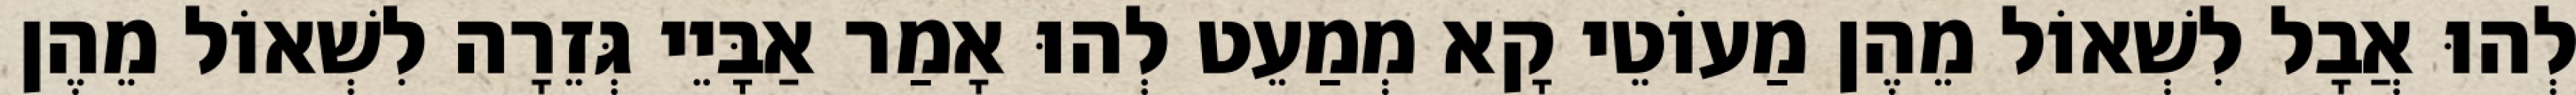
לְהוּ אֲבָל לִשְׁאוֹל מֵהֶן מַעוֹטֵי קָא מְמַעֵט לְהוּ אָמַר אַבָּיֵי גְּזֵרָה לִשְׁאוֹל מֵהֶן